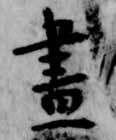
昼